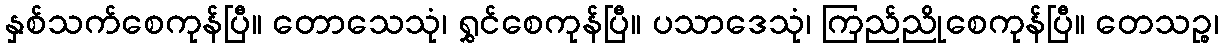
နှစ်သက်စေကုန်ပြီ။ တောသေသုံ၊ ရွှင်စေကုန်ပြီ။ ပသာဒေသုံ၊ ကြည်ညိုစေကုန်ပြီ။ တေသဉ္စ၊